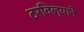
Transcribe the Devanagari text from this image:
ठरविल्याने